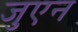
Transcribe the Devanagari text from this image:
जुएन